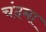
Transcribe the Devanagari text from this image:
चंदमा